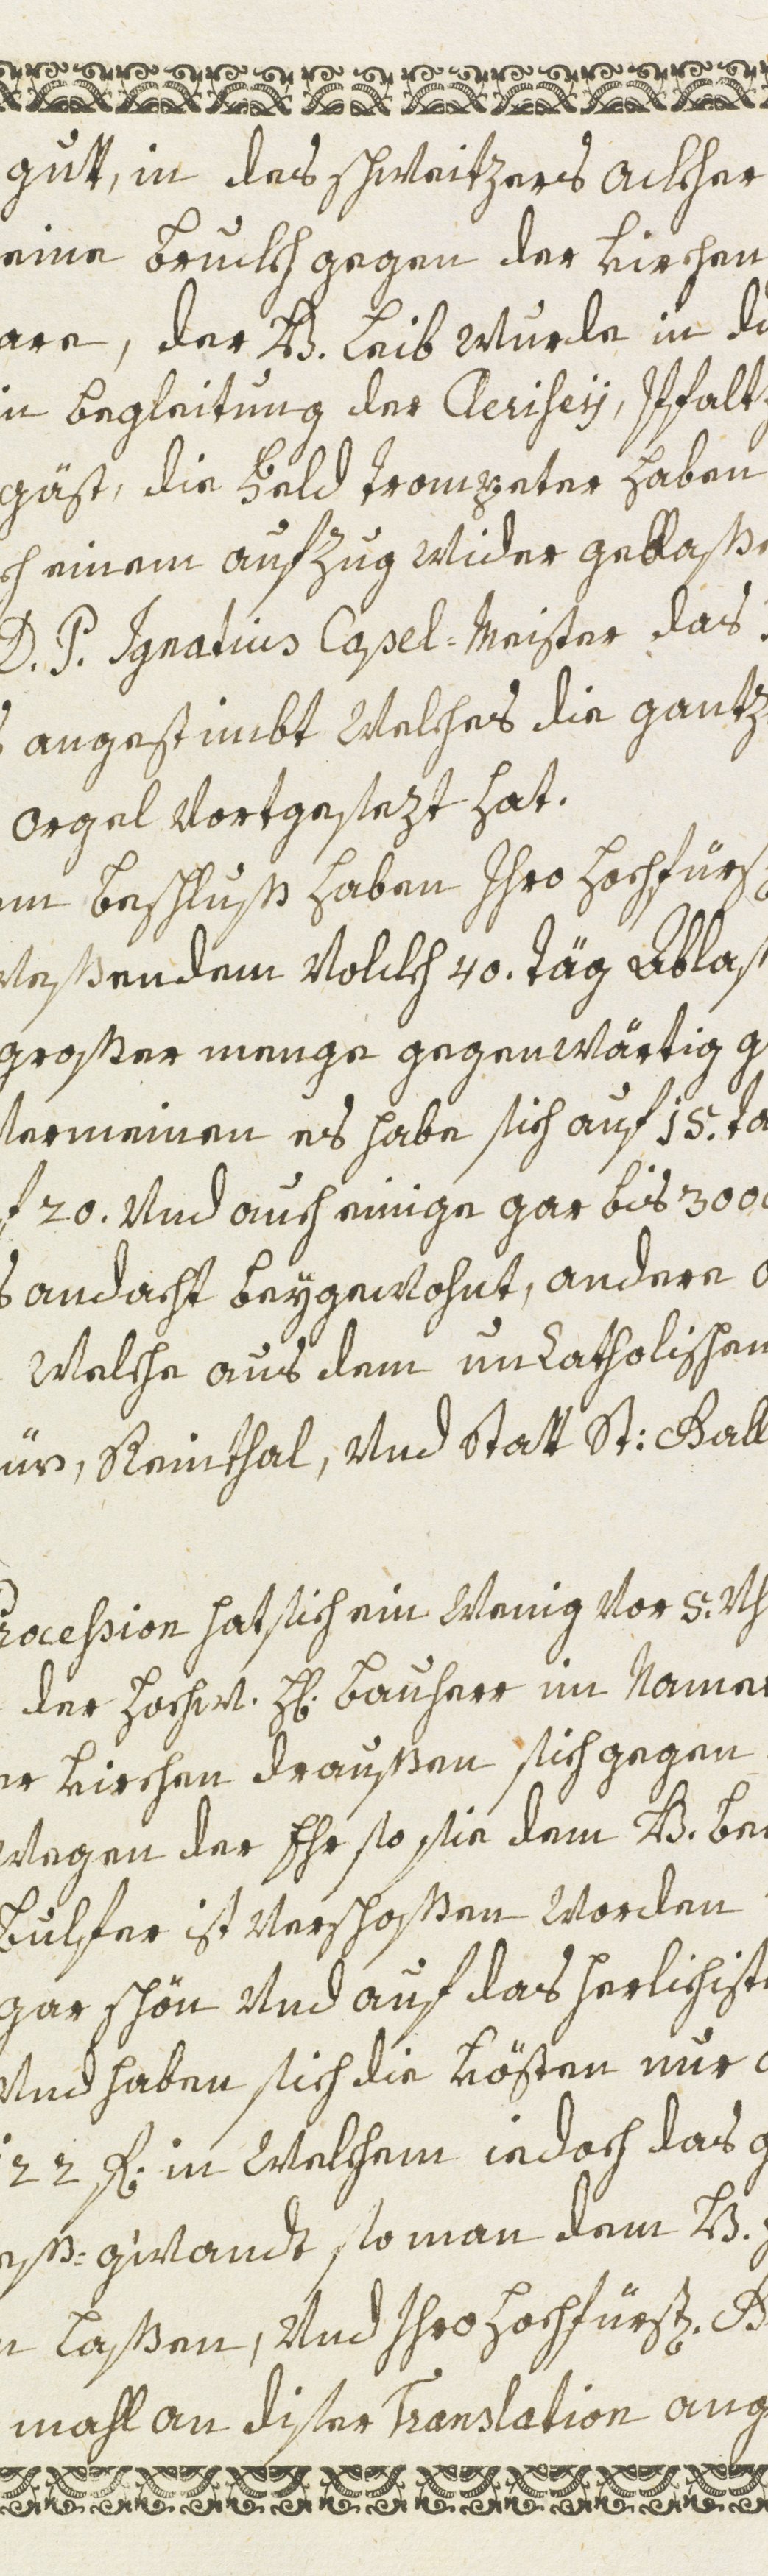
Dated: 1600–1699